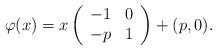
LaTeX: \begin{align*}\varphi(x)=x\left( \begin{array}{cc} -1 & 0 \\ -p & 1 \\ \end{array} \right)+(p,0).\end{align*}